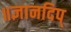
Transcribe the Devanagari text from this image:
॥ज्ञानदिप्